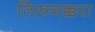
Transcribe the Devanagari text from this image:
तिरुनक्करा